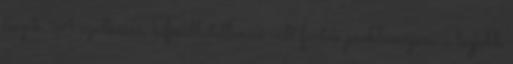
teszik. A szálkássá, kifésülhetetlenné vált fürtök problémájára a legjobb